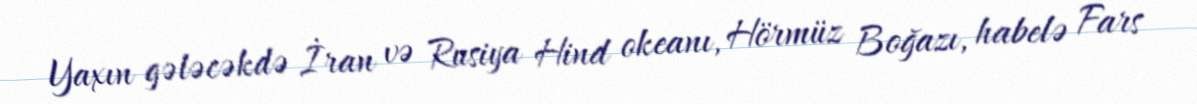
Yaxın gələcəkdə İran və Rusiya Hind okeanı, Hörmüz Boğazı, habelə Fars